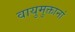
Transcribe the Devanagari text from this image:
वायुमुक्तानां